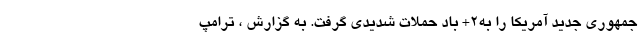
جمهوری جدید آمریکا را به2+ باد حملات شدیدی گرفت. به گزارش ، ترامپ